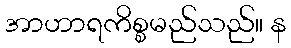
အာဟာရကိစ္စမည်သည်။ န